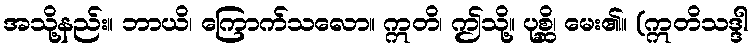
အသို့နည်း။ ဘာယိ၊ ကြောက်သလော။ ဣတိ၊ ဤသို့။ ပုစ္ဆိ၊ မေး၏။ (ဣတိသဒ္ဒါ